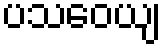
ပသဝေယျ